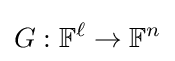
G:\mathbb {F} ^{\ell }\rightarrow \mathbb {F} ^{n}